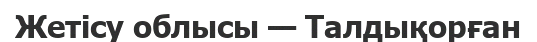
Жетісу облысы — Талдықорған